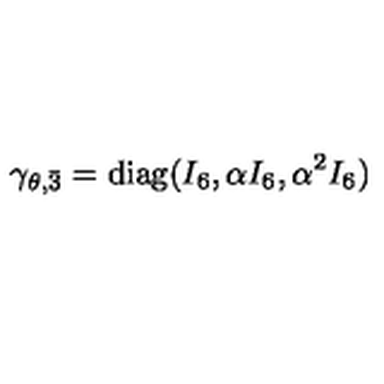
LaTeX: \gamma _ { \theta , \bar { 3 } } = \mathrm { d i a g } ( I _ { 6 } , \alpha I _ { 6 } , \alpha ^ { 2 } I _ { 6 } )